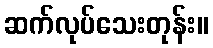
ဆက်လုပ်သေးတုန်း။